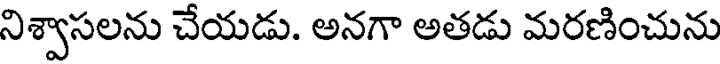
నిశ్వాసలను చేయడు. అనగా అతడు మరణించును